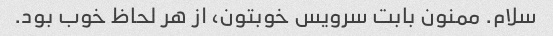
سلام. ممنون بابت سرویس خوبتون، از هر لحاظ خوب بود.